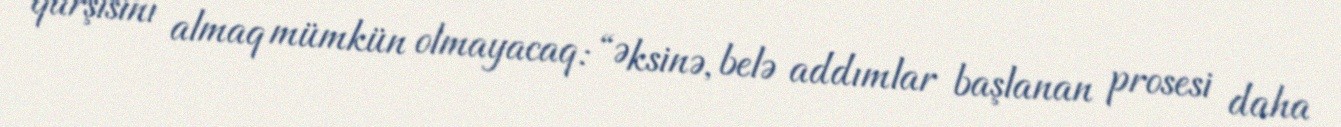
qarşısını almaq mümkün olmayacaq: “Əksinə, belə addımlar başlanan prosesi daha